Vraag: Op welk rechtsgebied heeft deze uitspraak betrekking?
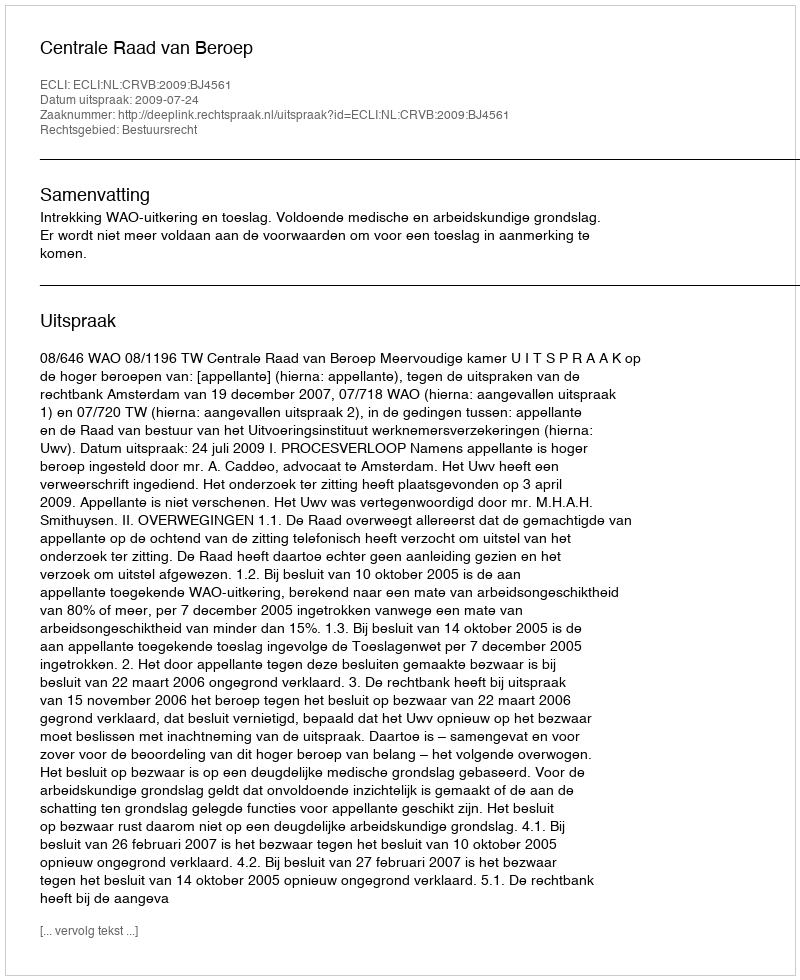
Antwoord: Bestuursrecht